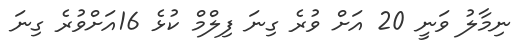
ނިމާލު ވަނީ 20 އަށް ވުރެ ގިނަ ފިލްމް ކުޅެ 16އަށްވުރެ ގިނަ